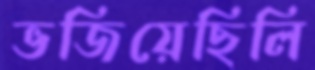
ভজিয়েছিলি